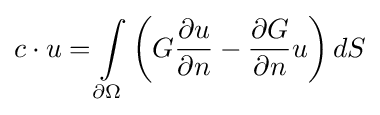
c\cdot u=\int \limits _{\partial \Omega }\left(G{\frac {\partial u}{\partial n}}-{\frac {\partial G}{\partial n}}u\right)dS